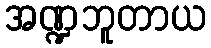
အဏ္ဍဘူတာယ